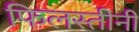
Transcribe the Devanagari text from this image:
फिलस्तीनी